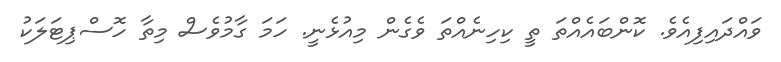
ވައްދައިފިއެވެ. ކޮންބައެއްތަ ތީ ކިހިނެއްތަ ވެގެން މިއުޅެނީ. ހަމަ ގާމުވެސް މިތާ ހޮސްޕިޓަލަކު